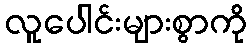
လူပေါင်းများစွာကို